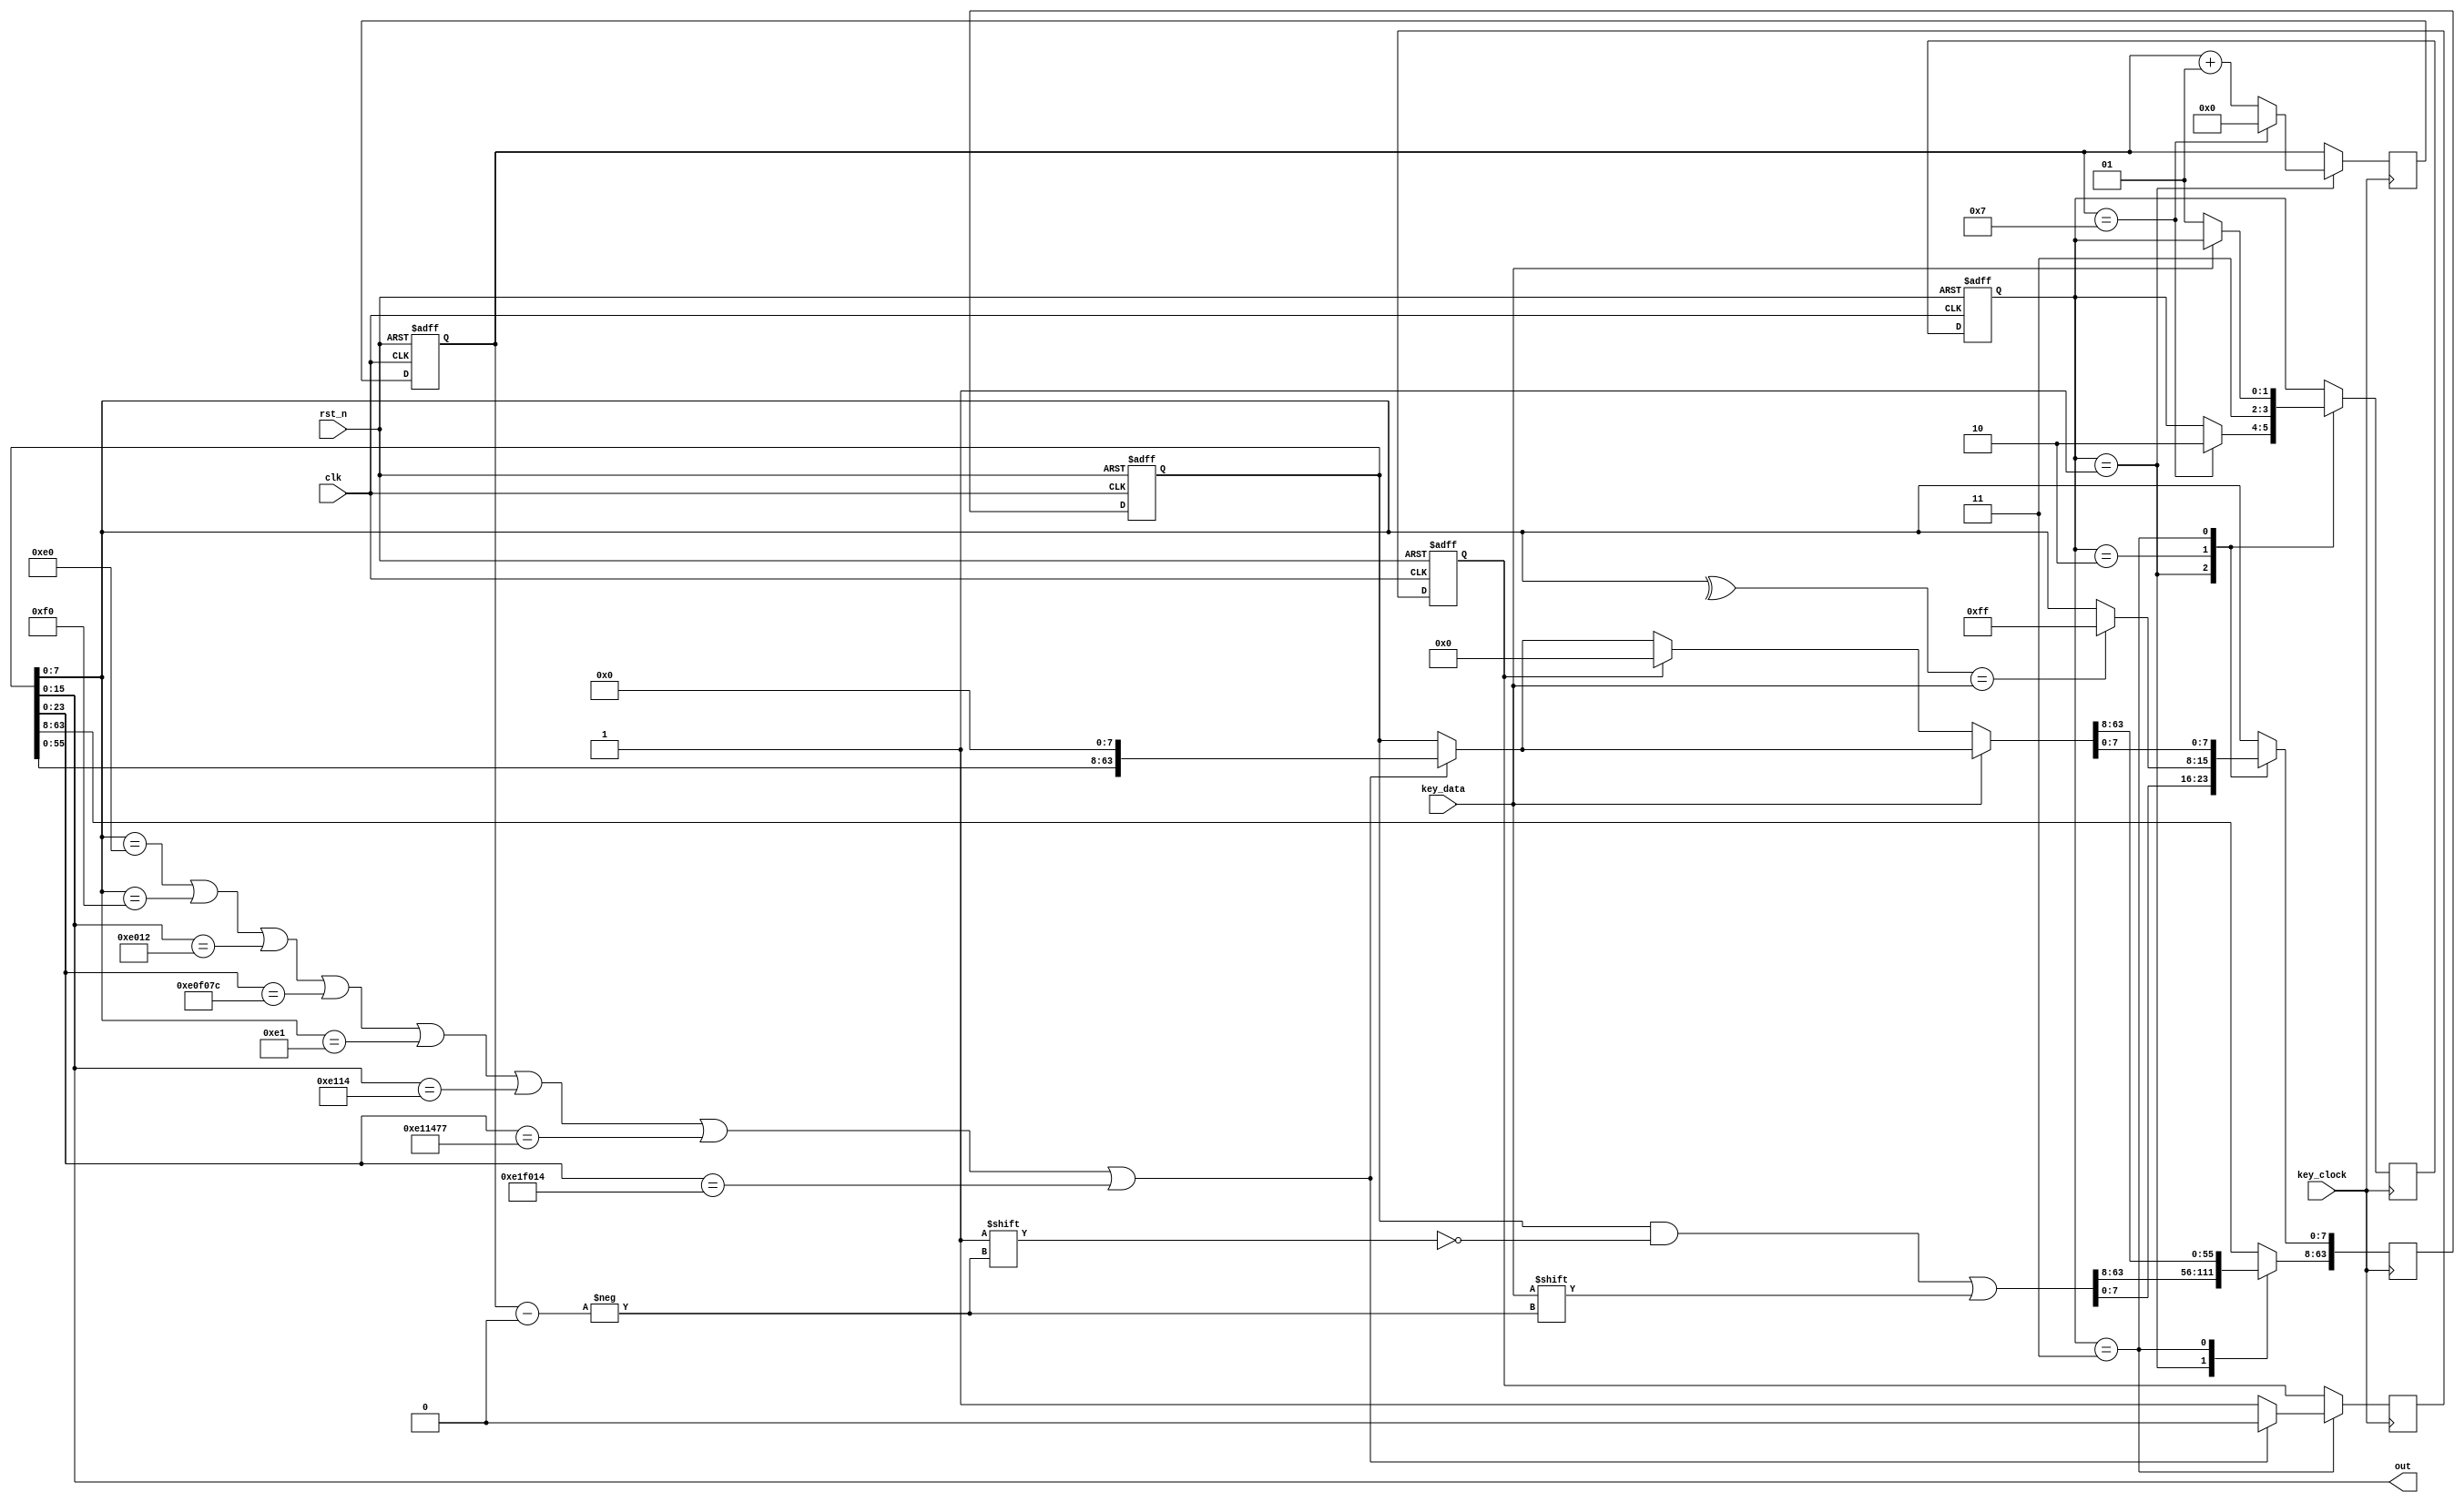
module ps2 (
    input key_clock,
    input key_data,
    input rst_n,
    input clk,
    output [15:0] out
);
    reg [63:0] code_reg, code_next;
    reg [1:0] state_reg, state_next;
    reg flag_reg, flag_next; // marks the end of a code 
    integer byte_index_reg, byte_index_next;

    localparam data = 2'd1;
    localparam parity = 2'd2;
    localparam stop = 2'd3;

    assign out = code_reg[15:0];

    always @(posedge clk, negedge rst_n) begin
        if (!rst_n) begin
            code_reg <= 64'h0000000000000000;
            state_reg <= stop;
            flag_reg <= 1'b0;
            byte_index_reg <= 0;
        end
        else begin
            code_reg <= code_next;
            state_reg <= state_next;
            flag_reg <= flag_next;
            byte_index_reg <= byte_index_next;
        end
    end

    always @(negedge key_clock) begin
        code_next = code_reg;
        state_next = state_reg;
        flag_next = flag_reg;
        byte_index_next = byte_index_reg;
        case (state_reg)
            data: begin
                code_next[byte_index_reg] = key_data;

                byte_index_next = byte_index_reg + 1;
                if (byte_index_reg == 7) begin
                    state_next = parity;
                    byte_index_next = 0;
                end
            end
            parity: begin
                state_next = stop;
                if (^code_reg[7:0] == key_data) code_next[7:0] = 8'hFF;
            end
            stop: begin
                if (code_reg[7:0] == 8'hE0 || code_reg[7:0] == 8'hF0 || code_reg[15:0] == 16'hE012 || code_reg[23:0] == 24'hE0F07C ||
                    code_reg[7:0] == 8'hE1 || code_reg[15:0] == 16'hE114 || code_reg[23:0] == 24'hE11477 || code_reg[23:0] == 24'hE1F014) begin
                    code_next = code_reg << 8;
                    flag_next = 1'b0;
                end
                else begin
                    flag_next = 1'b1;
                end
                if (!key_data) begin
                    state_next = data;
                    if (flag_reg) code_next = 64'h0000000000000000;
                end 
            end
        endcase
    end
    
endmodule